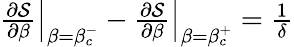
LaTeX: \begin{array}{r}{\left.\frac{\partial\mathcal{S}}{\partial\beta}\right|_{\beta=\beta_{c}^{-}}-\left.\frac{\partial\mathcal{S}}{\partial\beta}\right|_{\beta=\beta_{c}^{+}}=\frac{1}{\delta}}\end{array}